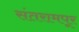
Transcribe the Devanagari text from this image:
संतरामपूर